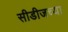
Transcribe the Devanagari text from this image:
सीडीजच्या